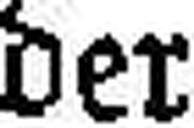
der